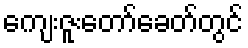
ကျေးဇူးတော်ခေတ်တွင်